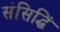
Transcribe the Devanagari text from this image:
संसिद्धिं